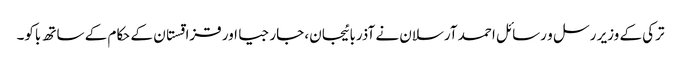
ترکی کے وزیر رسل و رسائل احمد آرسلان نے آذربائیجان، جارجیا اور قزاقستان کے حکام کے ساتھ باکو۔